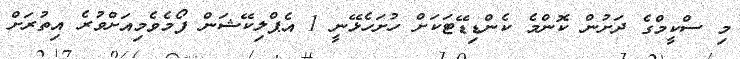
މި ސްކީމްގެ ދަށުން ކޮންމެ ކެންޑިޑޭޓަކަށް ހުށަހެޅޭނީ 1 އެޕްލިކޭޝަން ފޯމެވެމިއަށްވުރެ އިތުރަށް